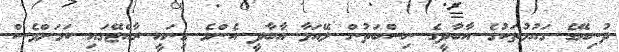
ދުނިޔޭގެ ގައުމުތަކުގެ އާބާދީގެ ނިސްބަތުން ލޭއަޅާ އާބާދީ އެންމެ ގިނައީ ރާއްޖޭގައި ކަމަށްވެސް